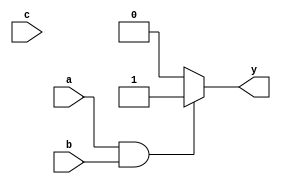
module combinational_logic (
    input wire a,
    input wire b,
    input wire c,
    output reg y
);

always @(*) begin
    // Combinational logic description
    if (a && b) begin
        y = 1'b1; // If both a and b are high, set y to 1
    end else if (c) begin
        y = 1'b0; // If c is high, set y to 0
    end else begin
        y = 1'b0; // Default case, ensure y has a value
    end
end

endmodule